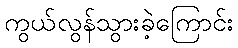
ကွယ်လွန်သွားခဲ့ကြောင်း